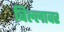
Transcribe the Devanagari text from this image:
बिल्लावर